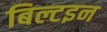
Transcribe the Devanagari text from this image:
बिल्टइन